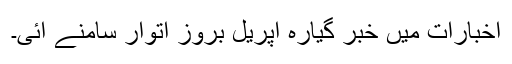
اخبارات میں خبر گیارہ اپریل بروز اتوار سامنے آئی۔